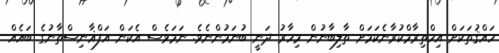
ހައްޤުތަކަށް އިހްތިރާމްކުރާނެކަމަށް ތާލިބާނުން މިހާރު ދަނީ ބުނަމުންނެވެ. ނަމަވެސް އެކަން އަފްޣާނިސްތާނުގެ ބައެއް